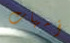
أمهات